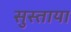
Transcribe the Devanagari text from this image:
सुस्ताया